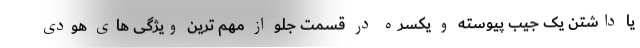
یا داشتن یک جیب پیوسته و یکسره در قسمت جلو از مهم ترین ویژگی های هودی